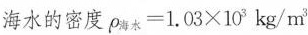
海水的密度$$\rho _ { 海 水 } = 1 . 0 3 \times 1 0 ^ { 3 } k g / m ^ { 3 }$$